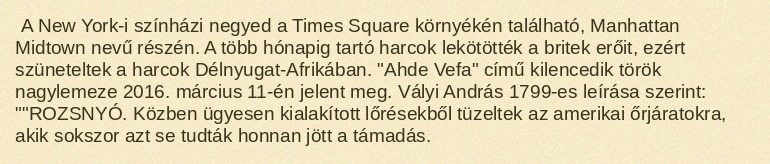
A New York-i színházi negyed a Times Square környékén található, Manhattan Midtown nevű részén. A több hónapig tartó harcok lekötötték a britek erőit, ezért szüneteltek a harcok Délnyugat-Afrikában. "Ahde Vefa" című kilencedik török nagylemeze 2016. március 11-én jelent meg. Vályi András 1799-es leírása szerint: ""ROZSNYÓ. Közben ügyesen kialakított lőrésekből tüzeltek az amerikai őrjáratokra, akik sokszor azt se tudták honnan jött a támadás.